65_HS1-101634279_100-DE-26505
Agency: FBI
Incident date: 11/7/57
Incident location: Germany
Page 13
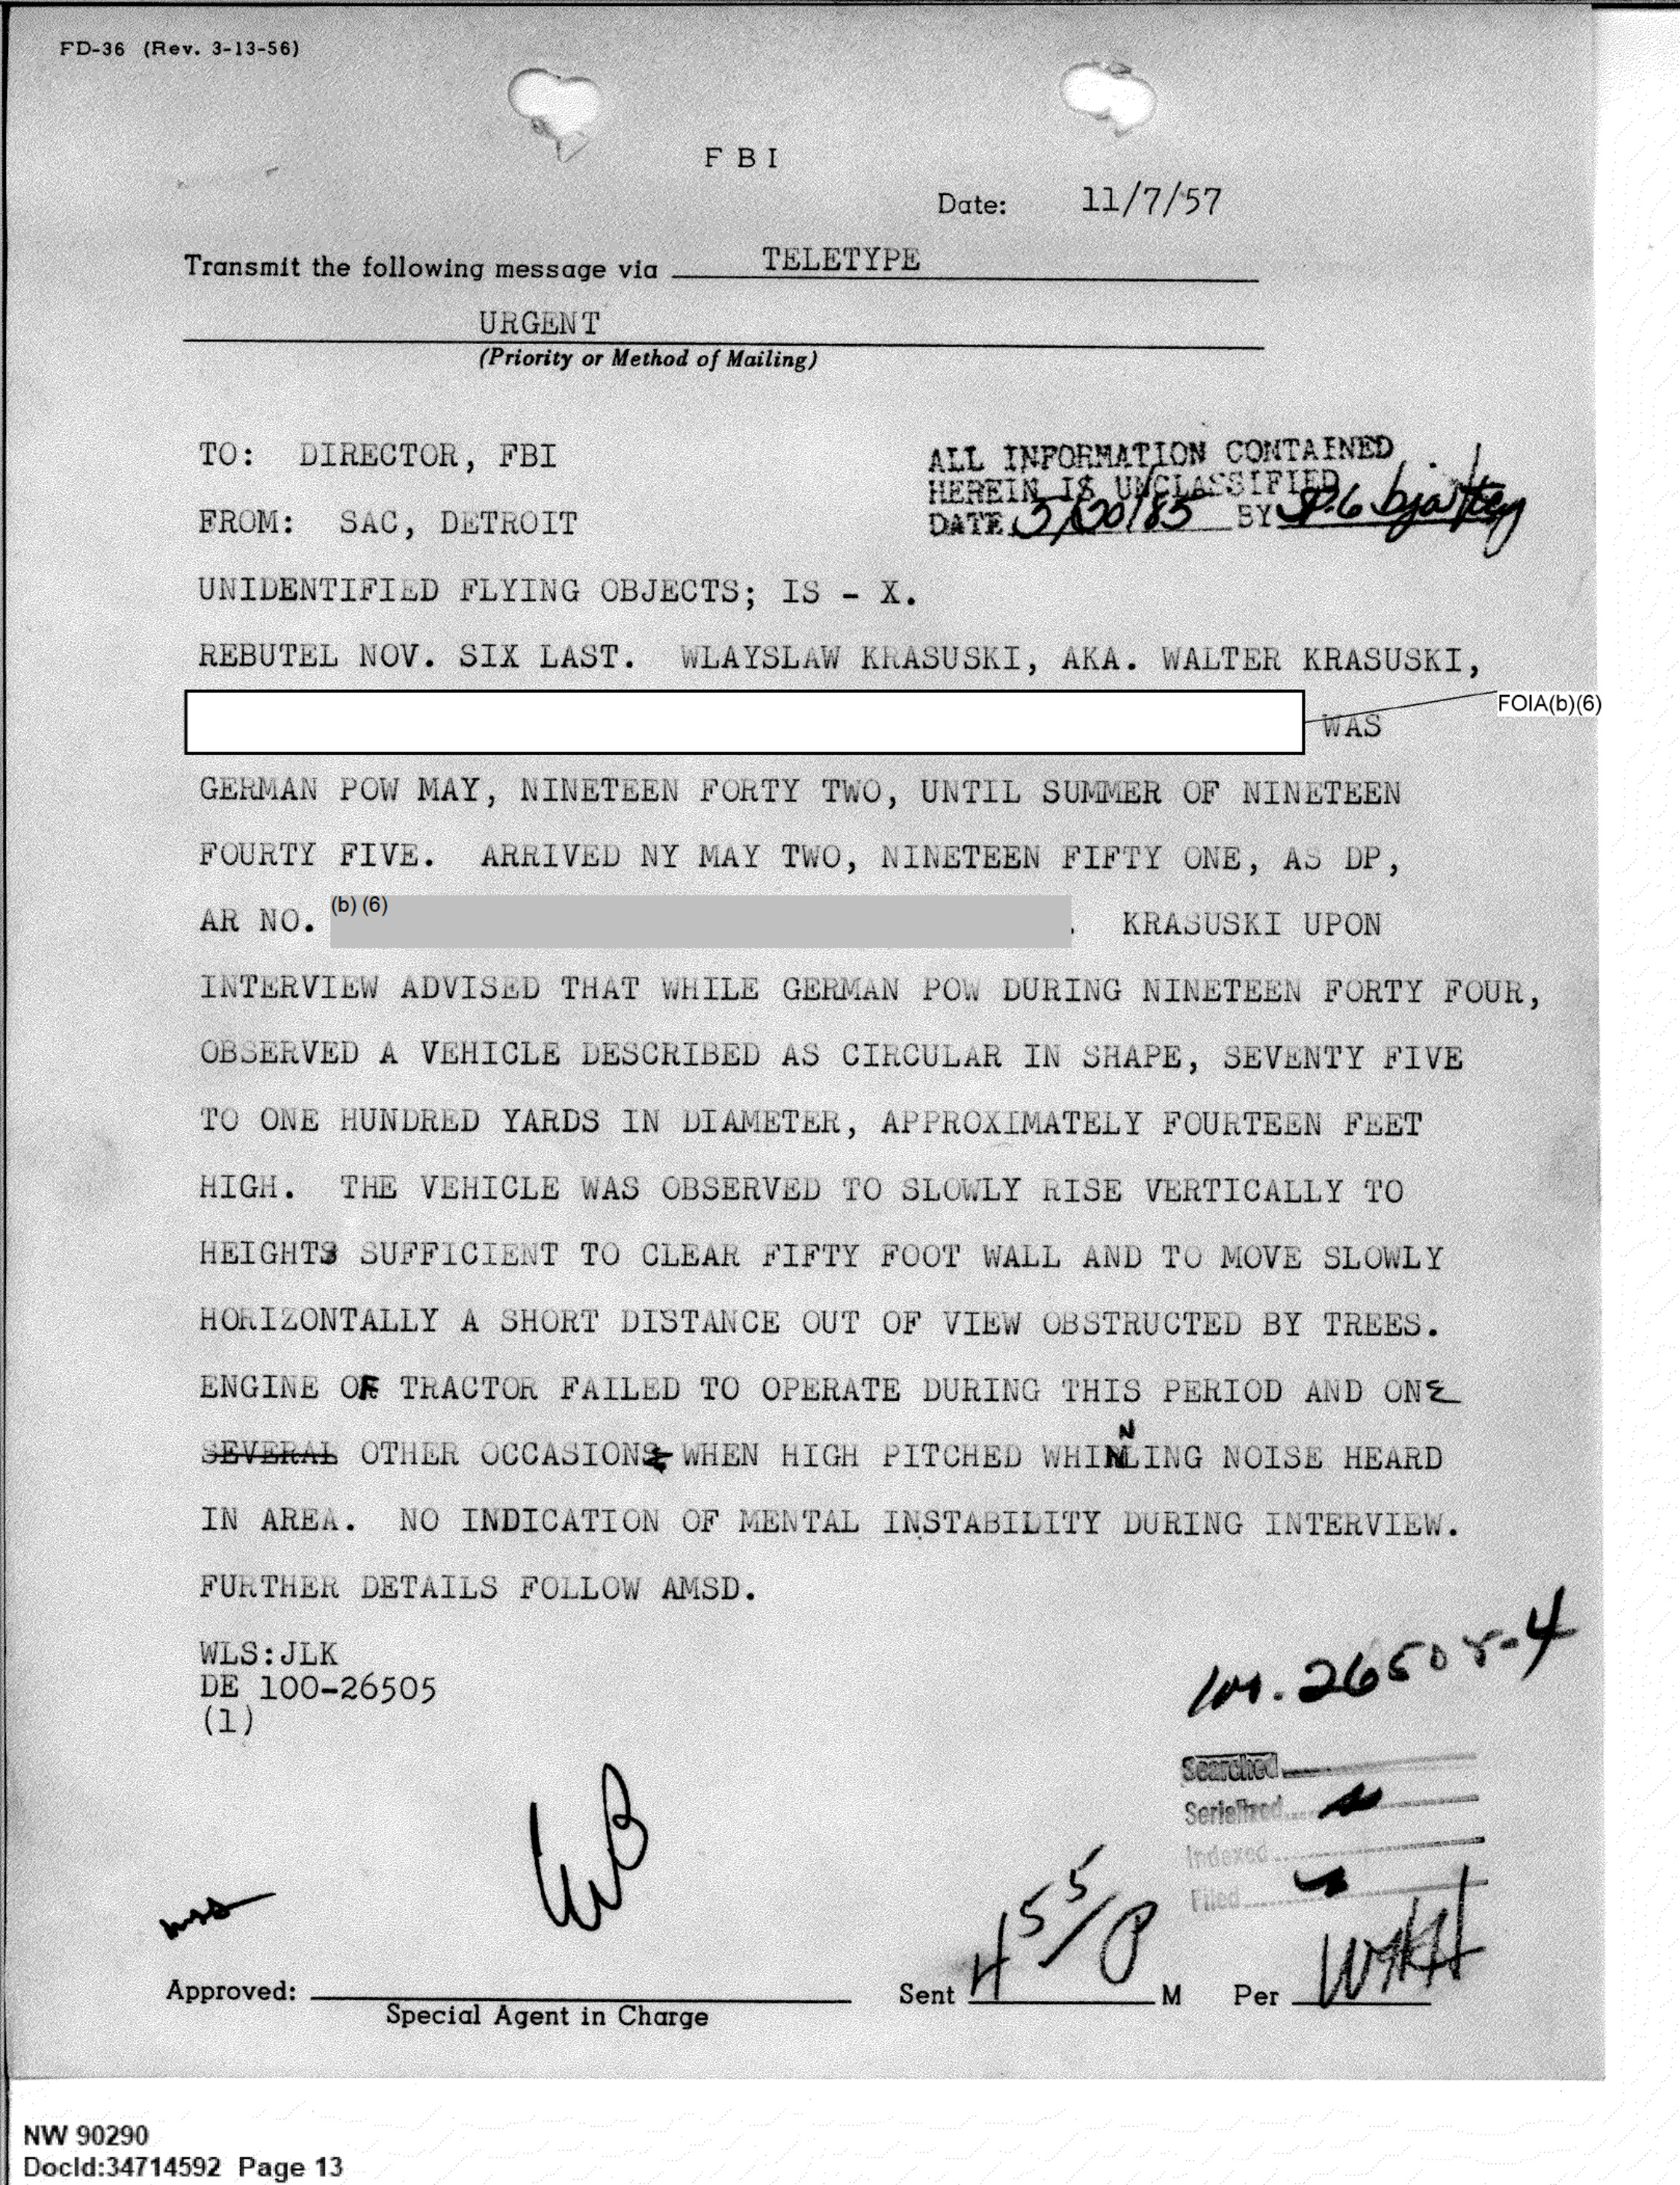